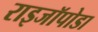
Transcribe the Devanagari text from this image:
राइजॉपोडा